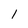
Character: 1